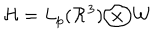
{ \mathcal { H } } = L _ { p } ( { \mathcal { R } } ^ { 3 } ) { \bigotimes } { \mathcal { W } }